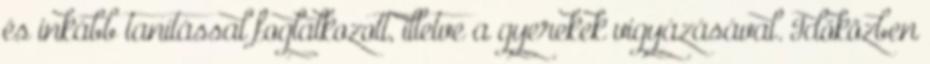
és inkább tanítással foglalkozott, illetve a gyerekek vigyázásával. Időközben